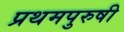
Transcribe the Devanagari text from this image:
प्रथमपुरुषी